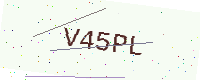
Text: V45PL